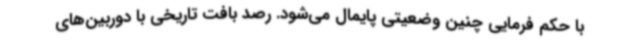
با حکم فرمایی چنین وضعیتی پایمال می‌شود. رصد بافت تاریخی با دوربین‌های